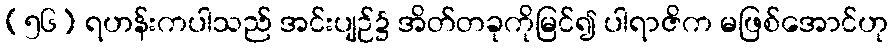
(၅၆) ရဟန်းကပါသည် အင်းပျဉ်၌ အိတ်တခုကိုမြင်၍ ပါရာဇိက မဖြစ်အောင်ဟု